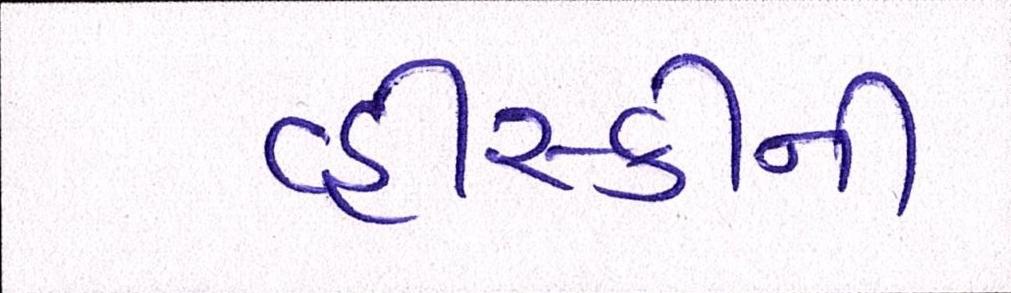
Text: વ્હીસ્કીની